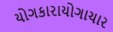
યોગકારાયોગાચાર